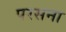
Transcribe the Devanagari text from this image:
परसना